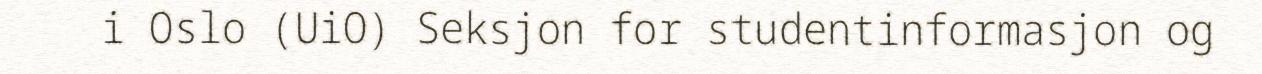
i Oslo (UiO) Seksjon for studentinformasjon og